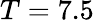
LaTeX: T=7.5